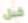
قبل